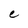
Character: e